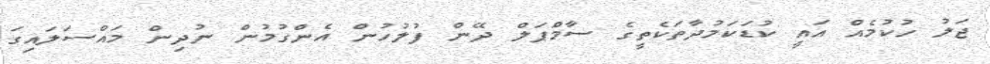
ޖަލު ހުކުމެއް އައީ ކުޑަކަމުދާތަކެތީގެ ސާމްޕަލް ދޭން ފުލުހުން އެންގުމުން ނުދިން މައްސަލައިގަ